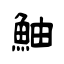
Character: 鮋